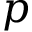
p